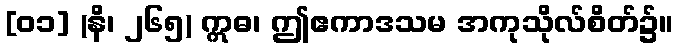
[၀၁] (နိ၊ ၂၆၅) ဣဓ၊ ဤဧကာဒသမ အကုသိုလ်စိတ်၌။